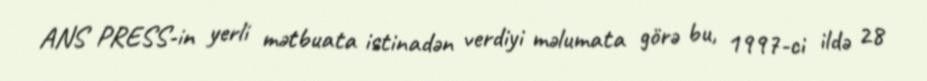
ANS PRESS-in yerli mətbuata istinadən verdiyi məlumata görə bu, 1997-ci ildə 28